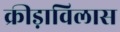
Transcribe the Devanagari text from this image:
क्रीड़ाविलास